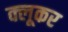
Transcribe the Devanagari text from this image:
क्लूकर